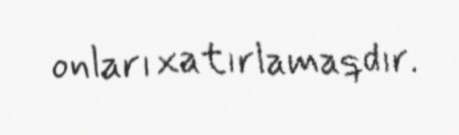
onları xatırlamaqdır.